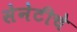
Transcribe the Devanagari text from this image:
सेनेटीचे